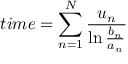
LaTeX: t i m e = \sum _ { n = 1 } ^ { N } { \frac { u _ { n } } { \ln { \frac { b _ { n } } { a _ { n } } } } }